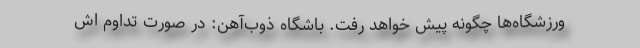
ورزشگاه‌ها چگونه پیش‌ خواهد رفت. باشگاه ذوب‌آهن: در صورت تداوم اش